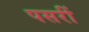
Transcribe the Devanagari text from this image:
पसरीं